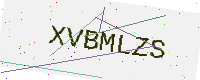
Text: XVBMLZS